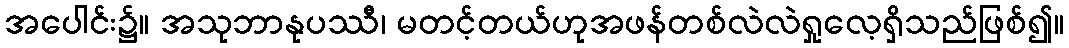
အပေါင်း၌။ အသုဘာနုပဿီ၊ မတင့်တယ်ဟုအဖန်တစ်လဲလဲရှုလေ့ရှိသည်ဖြစ်၍။